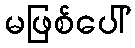
မဖြစ်ပေါ်